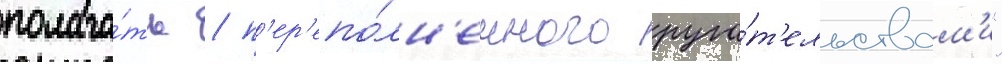
полага́ть / п'ер'епо́лн'енного руга́т'ельствам'и"